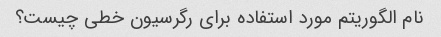
نام الگوریتم مورد استفاده برای رگرسیون خطی چیست؟